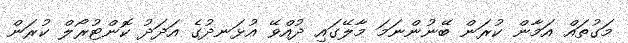
މަގުތައް އަމާން ކުރަން ބޭނުންނަމަ މާލޭގައި ދުއްވޭ އުޅަނދުގެ އަދަދު ކޮންޓުރޯލް ކުރަން